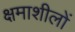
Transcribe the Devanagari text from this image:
क्षमाशीलों